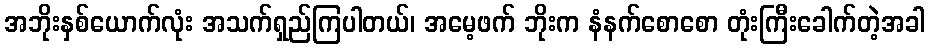
အဘိုးနှစ်ယောက်လုံး အသက်ရှည်ကြပါတယ်၊ အမေ့ဖက် ဘိုးက နံနက်စောစော တုံးကြီးခေါက်တဲ့အခါ